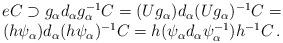
LaTeX: \begin{align*}\begin{array}{c}eC \supset g_{\alpha } d_{\alpha }g_{\alpha } ^{-1} C = (Ug_{\alpha }) d_{\alpha } (Ug_{\alpha }) ^{-1} C = \\(h \psi _{\alpha }) d_{\alpha } (h \psi _{\alpha } ) ^{-1} C =h (\psi _{\alpha } d_{\alpha } \psi _{\alpha } ^{-1} ) h^{-1} C\,.\end{array}\end{align*}